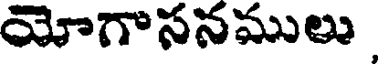
యోగాసనములు